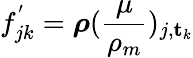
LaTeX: f_{jk}^{'}=\boldsymbol{\rho}(\frac{\mu}{\rho_{m}})_{j,\mathbf{t}_{k}}